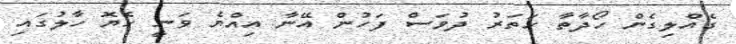
ގެއްލިގެން ހޯދާތާ ހަތަރު ދުވަސް ފަހުން އޭނާ އިއްޔެ ވަނީ ހެޔޮ ހާލުގައި